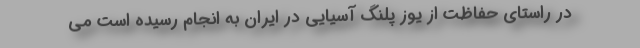
در راستای حفاظت از یوز پلنگ آسیایی در ایران به انجام رسیده است می